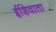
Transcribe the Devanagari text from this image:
ईशिवाता